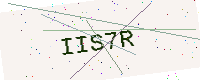
Text: IIS7R